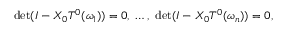
\begin{array} { r } { \operatorname* { d e t } ( I - X _ { 0 } T ^ { 0 } ( \omega _ { 1 } ) ) = 0 , ~ \ldots , ~ \operatorname* { d e t } ( I - X _ { 0 } T ^ { 0 } ( \omega _ { n } ) ) = 0 , } \end{array}